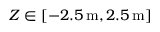
Z \in [ - 2 . 5 \, \mathrm { m } , 2 . 5 \, \mathrm { m } ]